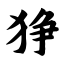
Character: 狰